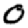
Digit: 0